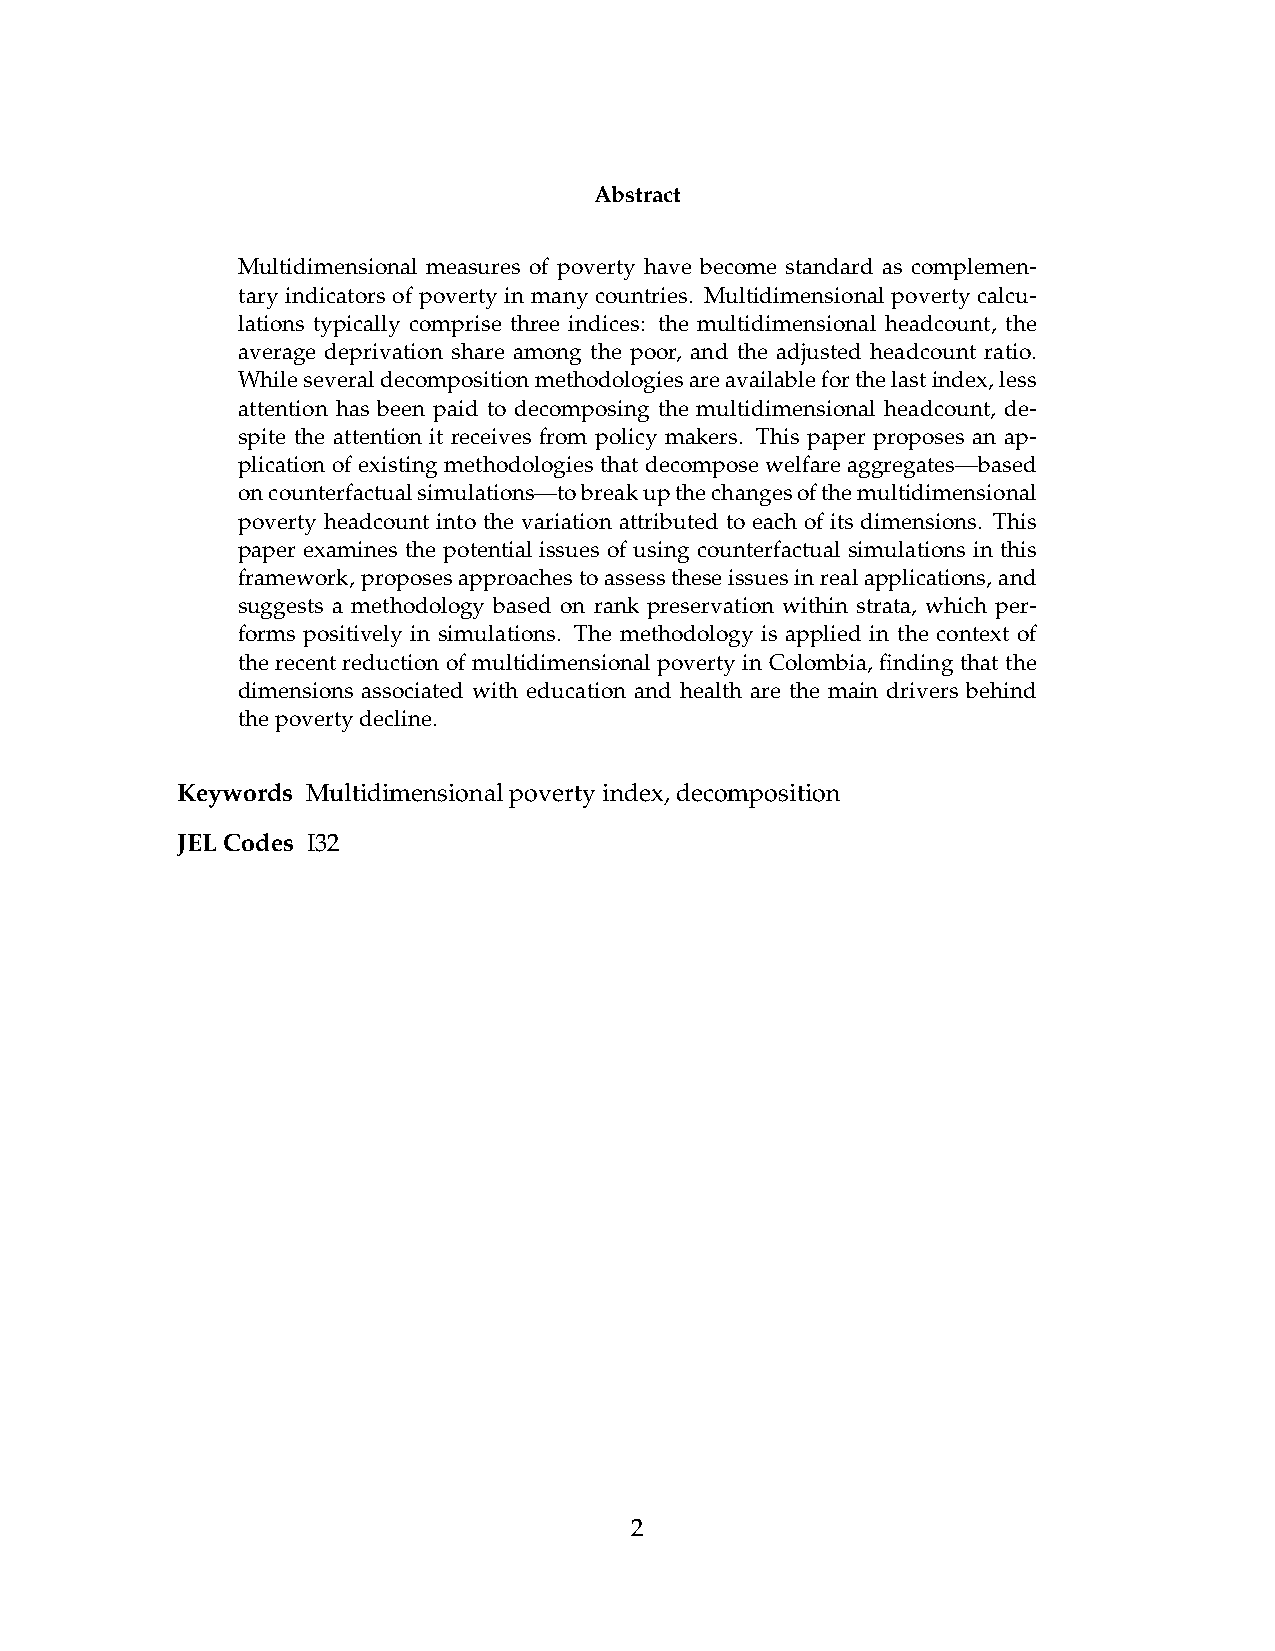
Abstract
 Multidimensional measures of poverty have become standard as complemen-
 tary indicators of poverty in many countries. Multidimensional poverty calcu-
 lations typically comprise three indices: the multidimensional headcount, the
 average deprivation share among the poor, and the adjusted headcount ratio.
 Whileseveraldecompositionmethodologiesareavailableforthelastindex,less
 attention has been paid to decomposing the multidimensional headcount, de-
 spite the attention it receives from policy makers. This paper proposes an ap-
 plication of existing methodologies that decompose welfare aggregates—based
 oncounterfactualsimulations—tobreakupthechangesofthemultidimensional
 poverty headcount into the variation attributed to each of its dimensions. This
 paper examines the potential issues of using counterfactual simulations in this
 framework,proposesapproachestoassesstheseissuesinrealapplications,and
 suggests a methodology based on rank preservation within strata, which per-
 forms positively in simulations. The methodology is applied in the context of
 the recent reduction of multidimensional poverty in Colombia, finding that the
 dimensions associated with education and health are the main drivers behind
 thepovertydecline.
 Keywords Multidimensionalpovertyindex,decomposition
 JELCodes I32
 2